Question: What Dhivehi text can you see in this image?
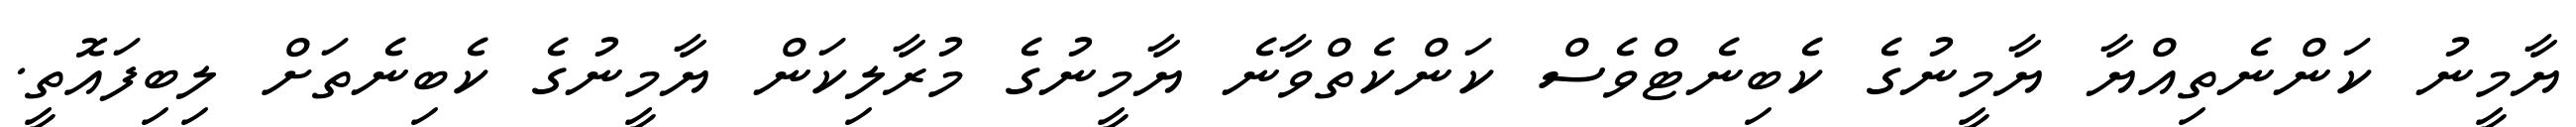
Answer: ޔާމީނު ކަންނެތިއްޔާ ޔާމީނުގެ ކެބިނެޓްވެސް ކަންކެތްވާނެ ޔާމީނުގެ މުރާލިކަން ޔާމީނުގެ ކެބިނެތަށް ލިބިފައޮތީ.